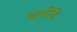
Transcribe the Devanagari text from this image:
आर्वीचे